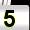
Digit: 5